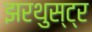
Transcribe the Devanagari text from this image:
झरथुस्ट्र